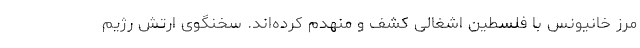
مرز خانیونس با فلسطین اشغالی کشف و منهدم کرده‌اند. سخنگوی ارتش رژیم